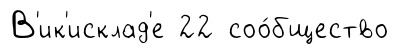
В'ик'исклад'е 22 соо́бщество